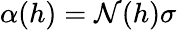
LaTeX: \alpha(h)=\mathcal{N}(h)\sigma